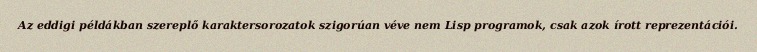
Az eddigi példákban szereplő karaktersorozatok szigorúan véve nem Lisp programok, csak azok írott reprezentációi.